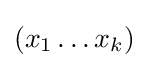
(x_{1}\ldots x_{k})